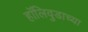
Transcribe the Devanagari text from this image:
हॉलिवुडाच्या